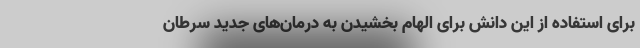
برای استفاده از این دانش برای الهام بخشیدن به درمان‌های جدید سرطان